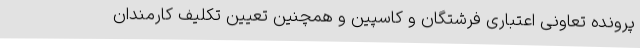
پرونده تعاونی اعتباری فرشتگان و کاسپین و همچنین تعیین تکلیف کارمندان